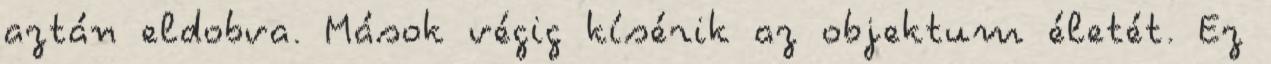
aztán eldobva. Mások végig kísérik az objektum életét. Ez